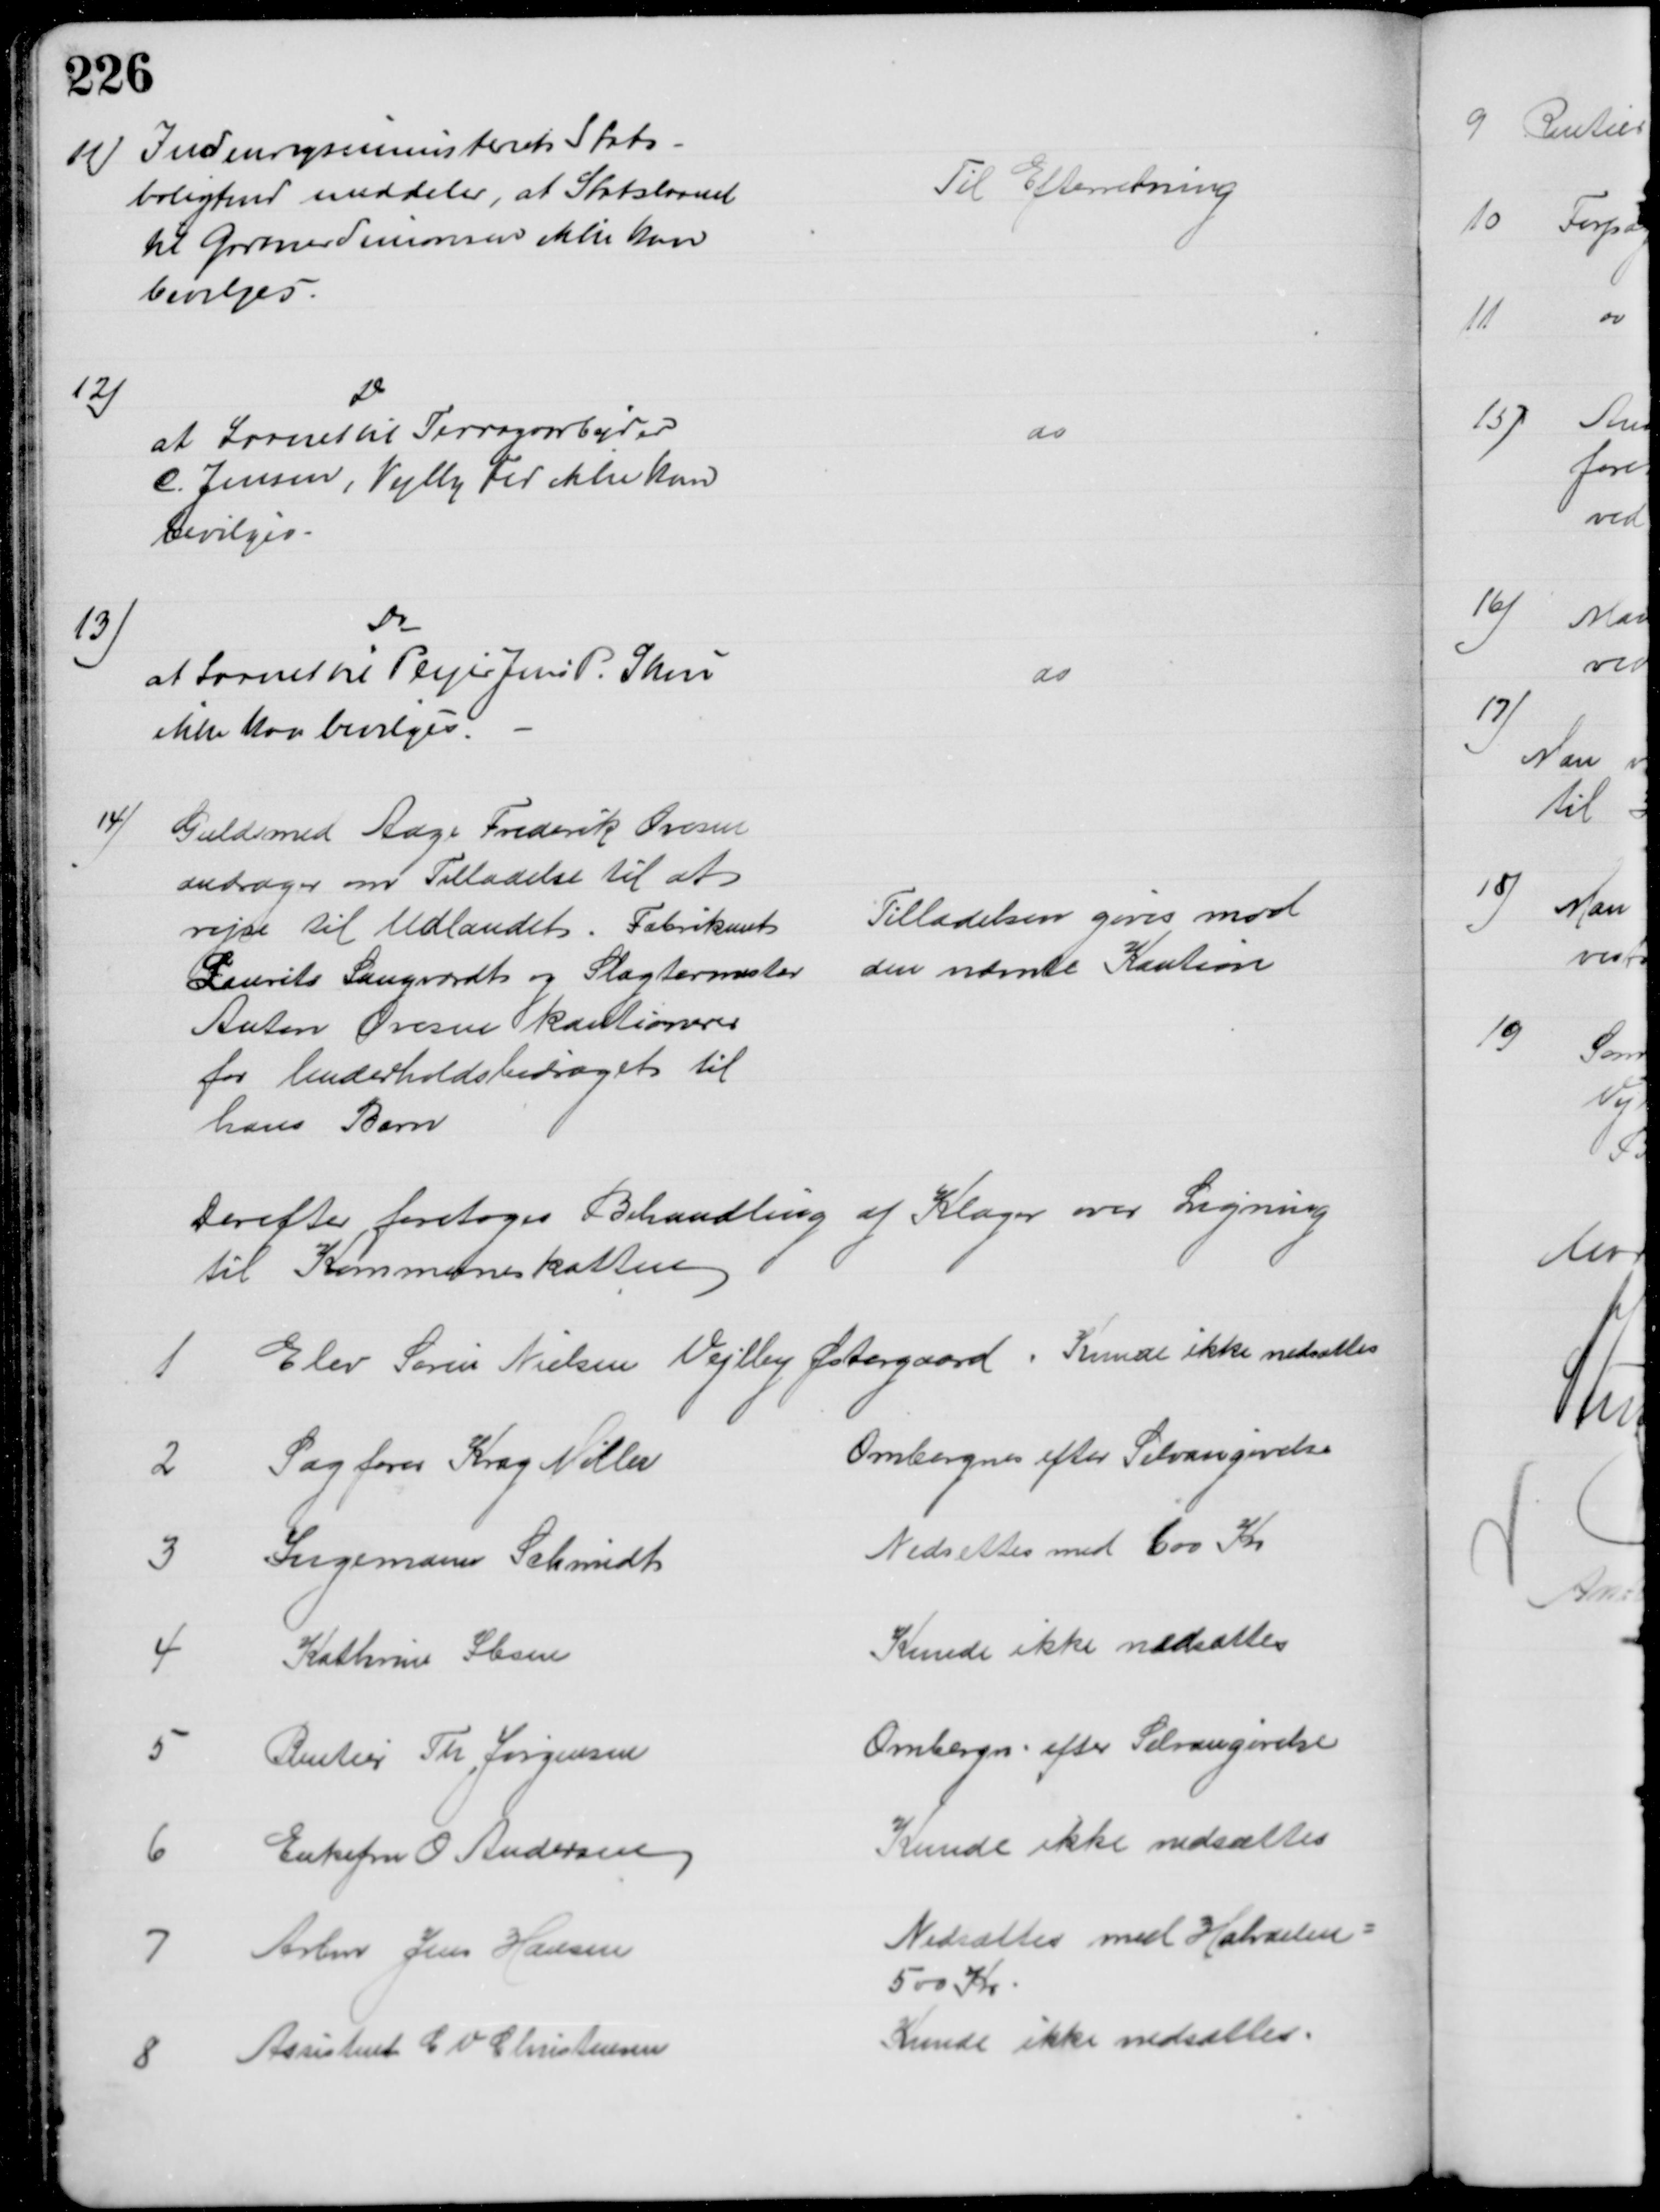
Transskription:
11) Indenrigsministerets Stats-
boligfond meddeler, at Statslaanet 
til Gartner Simonsen ikke kan
bevilges.
Til Efterretning
12)
Do
at Laanet til Terrazoarbejder
C. Jensen, Vejlby Fed ikke kan
bevilges.
do
13)
Do
at Laanet til Plejer Jens P. Skou
ikke kan bevilges.
do
14)
Guldsmed Aage Frederik Ovesen
andrager om Tilladelse til at 
rejse til Udlandet. Fabrikant
Laurits Langvardt og Slagtermester
Anton Ovesen kautionerer
for Underholdsbidraget til
hans Barn
Tilladelsen gives mod
den nævnte Kaution
Derefter foretoges Behandling af Klager over Ligning
til Kommuneskatten
1
Elev Søren Nielsen Vejlby Østergaard
Kunde ikke nedsættes
2 
Sagfører Krag Møller
Omberegnes efter Selvangivelse
3 
Ingemann Schmidt
Nedsættes med 600 Kr
4
Kathrine Ibsen
Kunde ikke nedsættes
5
Rentier Th Jørgensen
Ombergn. efter Selvangivelse
6
Enkefru O. Andersen
Kunde ikke nedsættes
7 
Arbm Jens Hansen
Nedsættes med Halvdelen=
500 Kr
8 
Assistent C V Christensen
Kunde ikke nedsættes.